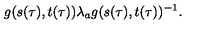
g ( s ( \tau ) , t ( \tau ) ) { \lambda } _ { a } g ( s ( \tau ) , t ( \tau ) ) ^ { - 1 } .